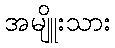
အမျိူးသား